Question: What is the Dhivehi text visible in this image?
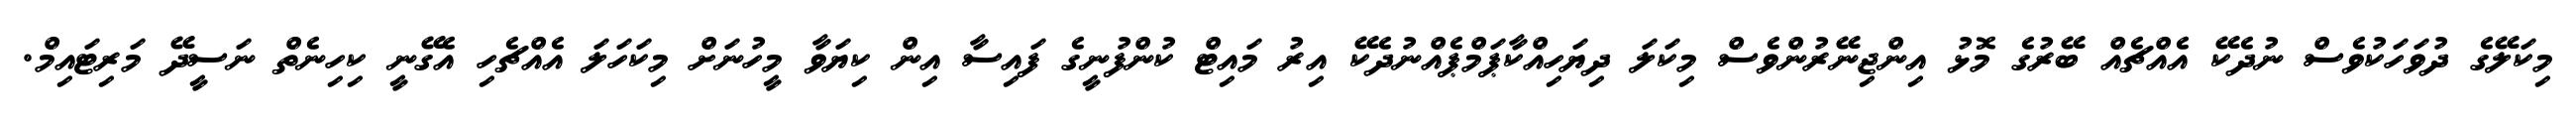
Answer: މިކަލޭގެ ދުވަހަކުވެސް ނުދެކޭ އެއްޗެއް ބޭރުގެ މޮޅު އިންޖިނޭރުންވެސް މިކަލަ ދިޔަހިއްކާޕަމްޕެއްނުދެކޭ އިރު މައިޓް ކުންފުނީގެ ފައިސާ އިން ކިޔަވާ މީހުނަށް މިކަހަލަ އެއްޗެހި އެގޭނީ ކިހިނެތް ނަސީދޭ މަރިޓައިމް.